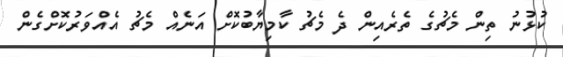
ކުޅުނު ތިން މެޗުގެ ތެރެއިން ދެ މެޗު ކާމިޔާބުކޮށް އަނެއް މެޗު އެއްވަރުކޮށްގެން